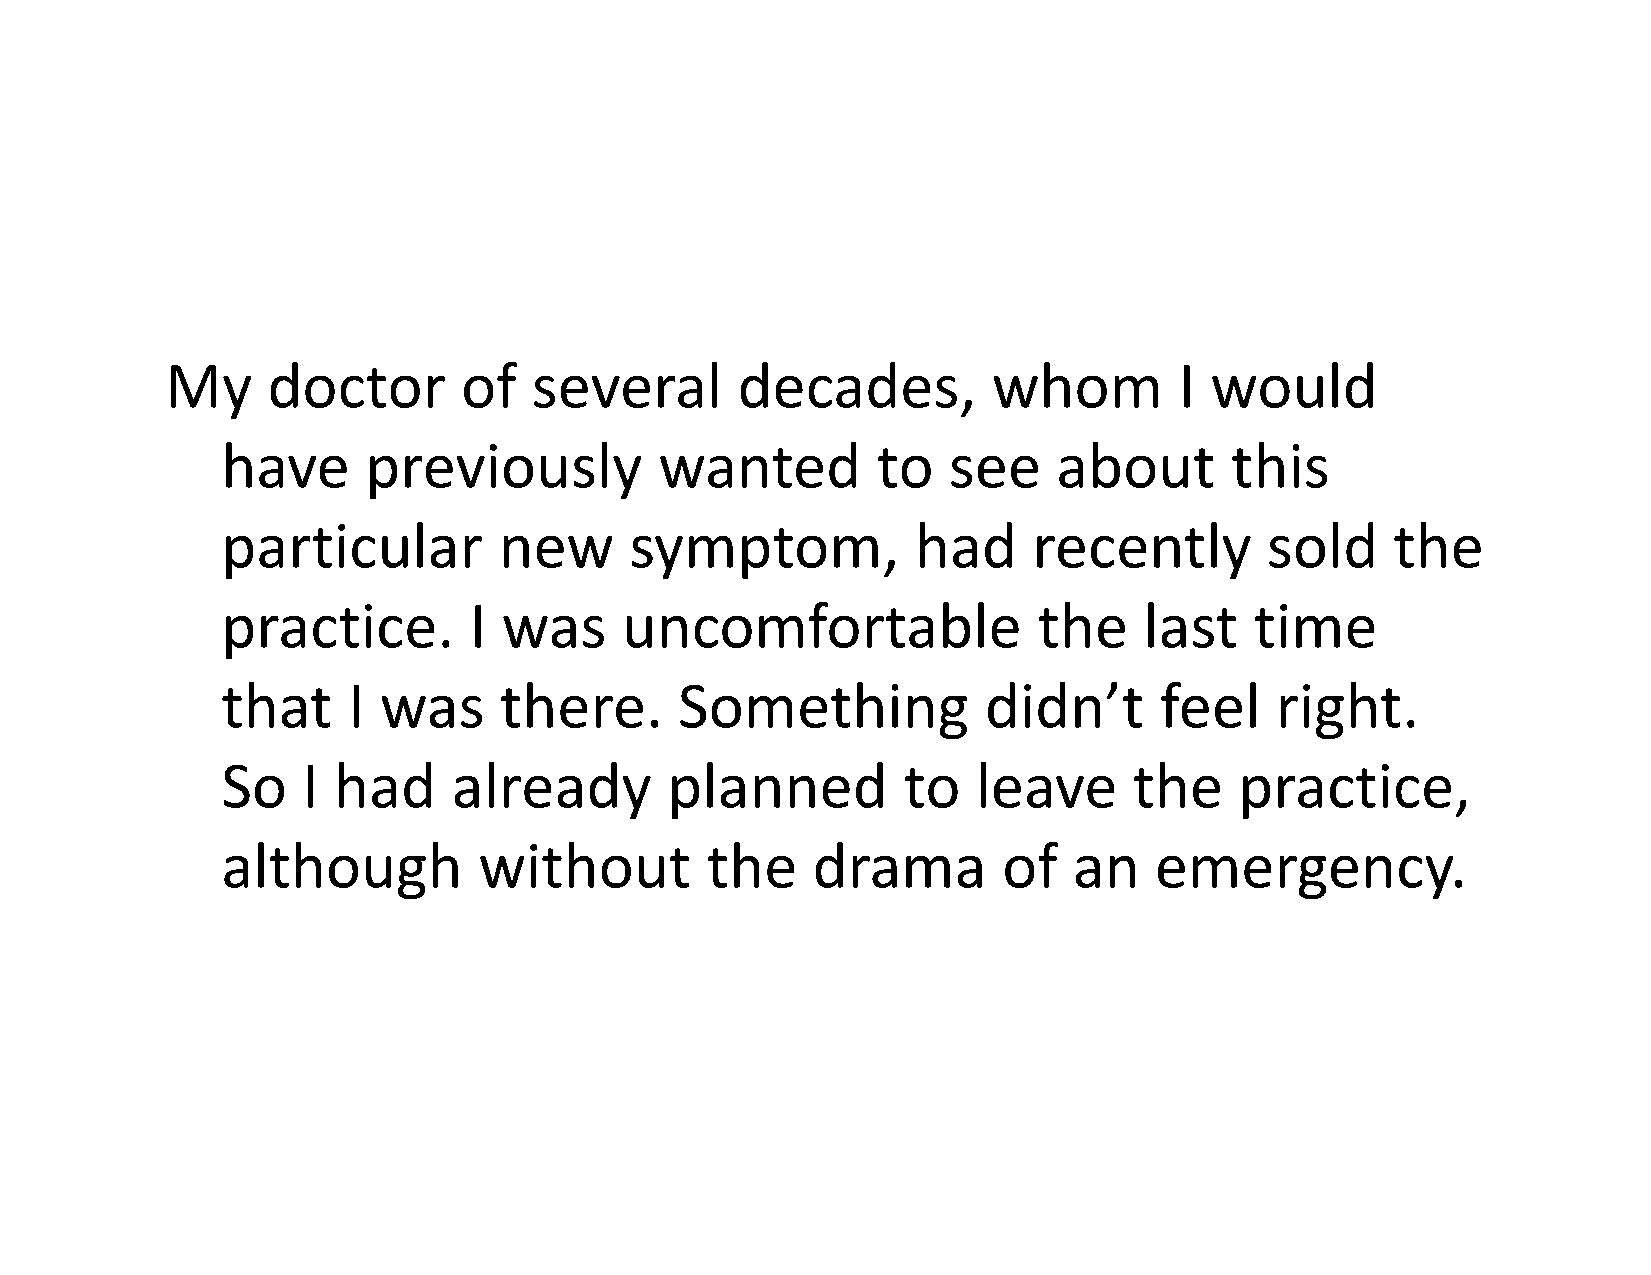
My     doctor       of  several       decades,         whom        I would
 have     previously          wanted        to   see    about      this
 particular        new      symptom,           had    recently        sold    the
 practice.       I was     uncomfortable               the    last   time
 that    I was     there.      Something           didn’t      feel   right.
 So   I had     already       planned         to   leave     the    practice,
 although         without        the    drama       of   an   emergency.